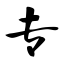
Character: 专